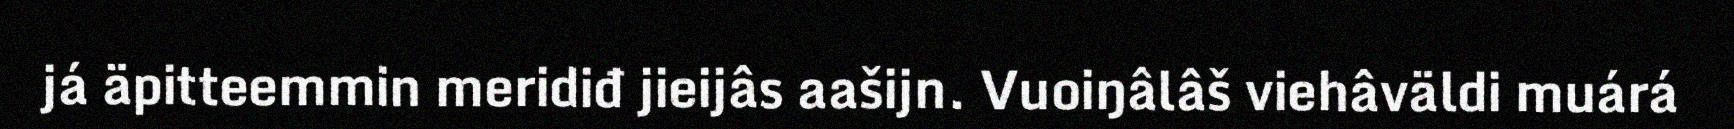
já äpitteemmin meridiđ jieijâs aašijn. Vuoiŋâlâš viehâväldi muárá